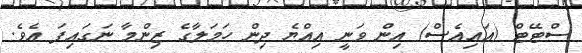
ސްޓޭޓް (އައިއެސް) އިން ވަނީ އިއްޔެ ދިން ހަމަލާގެ ޒިންމާ ނަގައިފަ އެވެ.